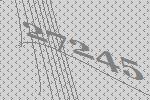
27245